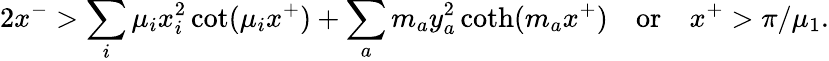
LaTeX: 2x^{-}>\sum_{i}\mu_{i}x_{i}^{2}\cot(\mu_{i}x^{+})+\sum_{a}m_{a}y_{a}^{2}\coth(m_{a}x^{+})\quad\mathrm{or}\quad x^{+}>\pi/\mu_{1}.